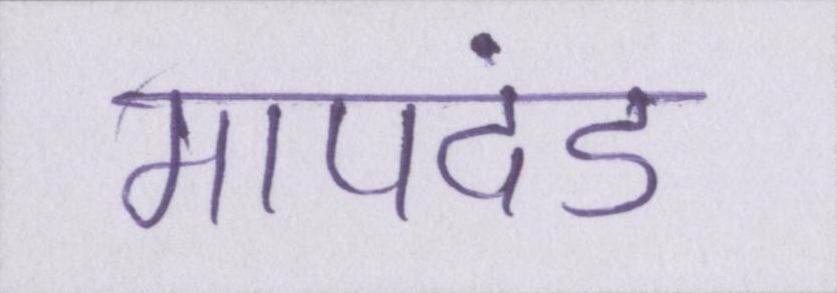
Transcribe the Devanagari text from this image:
मापदंड